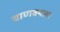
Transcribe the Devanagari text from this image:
चाणक्यला